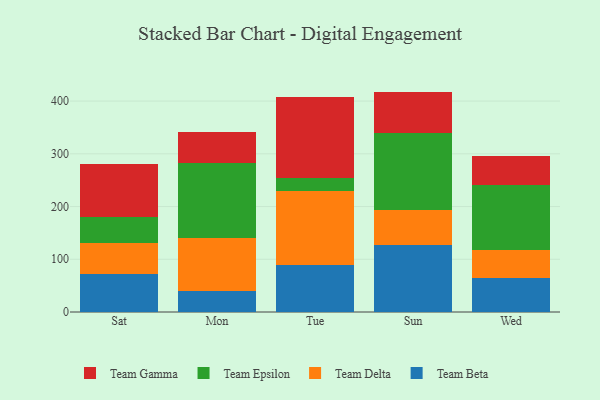
{"axis": {"x": "Day", "y": "Market Share (%)"}, "legend": ["Team Beta", "Team Delta", "Team Epsilon", "Team Gamma"], "data": [{"x": "Sat", "y": 72.1, "type": "Team Beta"}, {"x": "Sat", "y": 58.5, "type": "Team Delta"}, {"x": "Sat", "y": 50.0, "type": "Team Epsilon"}, {"x": "Sat", "y": 100.6, "type": "Team Gamma"}, {"x": "Mon", "y": 40.0, "type": "Team Beta"}, {"x": "Mon", "y": 100.4, "type": "Team Delta"}, {"x": "Mon", "y": 141.4, "type": "Team Epsilon"}, {"x": "Mon", "y": 59.2, "type": "Team Gamma"}, {"x": "Tue", "y": 88.3, "type": "Team Beta"}, {"x": "Tue", "y": 141.7, "type": "Team Delta"}, {"x": "Tue", "y": 24.9, "type": "Team Epsilon"}, {"x": "Tue", "y": 152.7, "type": "Team Gamma"}, {"x": "Sun", "y": 127.8, "type": "Team Beta"}, {"x": "Sun", "y": 65.1, "type": "Team Delta"}, {"x": "Sun", "y": 145.8, "type": "Team Epsilon"}, {"x": "Sun", "y": 79.3, "type": "Team Gamma"}, {"x": "Wed", "y": 65.1, "type": "Team Beta"}, {"x": "Wed", "y": 51.7, "type": "Team Delta"}, {"x": "Wed", "y": 124.4, "type": "Team Epsilon"}, {"x": "Wed", "y": 55.3, "type": "Team Gamma"}]}